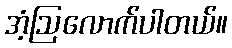
အံ့ဩလောက်ပါတယ်။